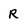
Character: R